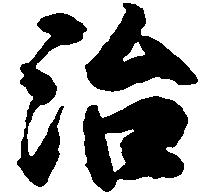
治